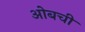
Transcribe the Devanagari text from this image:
ओबची